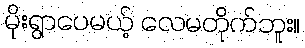
မိုးရွာပေမယ့် လေမတိုက်ဘူး။